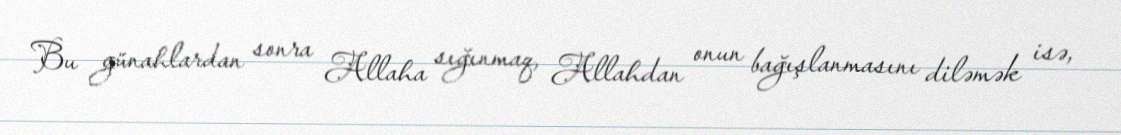
Bu günahlardan sonra Allaha sığınmaq, Allahdan onun bağışlanmasını diləmək isə,